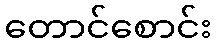
တောင်စောင်း